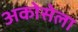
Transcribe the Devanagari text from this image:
अकोसेला